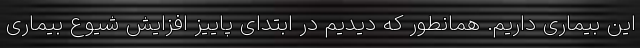
این بیماری داریم. همانطور که دیدیم در ابتدای پاییز افزایش شیوع بیماری